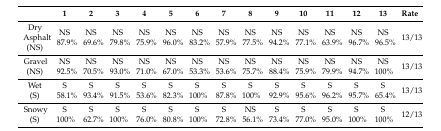
|  | 1 | 2 | 3 | 4 | 5 | 6 | 7 | 8 | 9 | 10 | 11 | 12 | 13 | Rate |
 | --- | --- | --- | --- | --- | --- | --- | --- | --- | --- | --- | --- | --- | --- | --- |
 | Dry Asphalt (NS) | NS 87.9% | NS 69.6% | NS 79.8% | NS 75.9% | NS 96.0% | NS 83.2% | NS 57.9% | NS 77.5% | NS 94.2% | NS 77.1% | NS 63.9% | NS 96.7% | NS 96.5% | 13/13 |
 | Gravel (NS) | NS 92.5% | NS 70.5% | NS 93.0% | NS 71.0% | NS 67.0% | NS 53.3% | NS 53.6% | NS 75.7% | NS 88.4% | NS 75.9% | NS 79.9% | NS 94.7% | NS 100% | 13/13 |
 | Wet (S) | S 58.1% | S 93.4% | S 91.5% | S 53.6% | S 82.3% | S 100% | S 87.8% | S 100% | S 92.9% | S 95.6% | S 96.2% | S 95.7% | S 65.4% | 13/13 |
 | Snowy (S) | S 100% | S 62.7% | S 100% | S 76.0% | S 80.8% | S 100% | S 72.8% | NS 56.1% | S 73.4% | S 77.0% | S 95.0% | S 100% | S 100% | 12/13 |